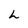
Character: L